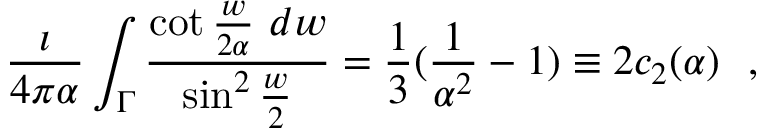
{ \frac { \imath } { 4 \pi \alpha } } \int _ { \Gamma } { \frac { \cot { \frac { w } { 2 \alpha } } ~ d w } { \sin ^ { 2 } { \frac { w } { 2 } } } } = { \frac { 1 } { 3 } } ( { \frac { 1 } { \alpha ^ { 2 } } } - 1 ) \equiv 2 c _ { 2 } ( \alpha ) ~ ~ ,